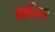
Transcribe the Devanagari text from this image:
वारिनर